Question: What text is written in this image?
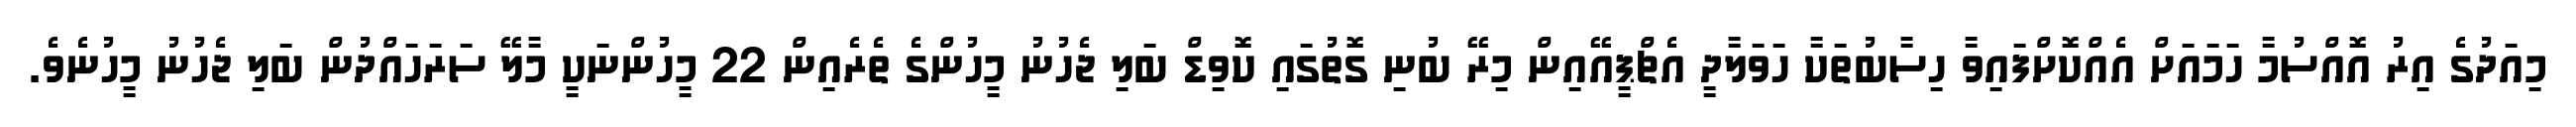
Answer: މިއަދުގެ އިރު އޮއްސުމާ ހަމައަށް އެއްކޮށްފައިވާ ހިސާބުތަކާ ހަވަލާދީ އެޗްޕީއޭއިން މިރޭ ބުނި ގޮތުގައި ކޮވިޑް ބަލި ޖެހުނު މީހުންގެ ތެރެއިން 22 މީހުންނަކީ މާލޭ ސަރަހައްދުން ބަލި ޖެހުނު މީހުނެވެ.